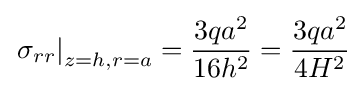
\left.\sigma _{rr}\right|_{z=h,r=a}={\frac {3qa^{2}}{16h^{2}}}={\frac {3qa^{2}}{4H^{2}}}